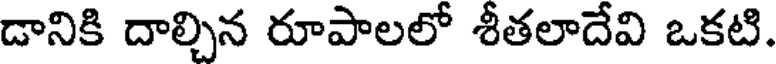
డానికి దాల్చిన రూపాలలో శీతలాదేవి ఒకటి.